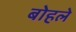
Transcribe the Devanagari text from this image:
बोहले